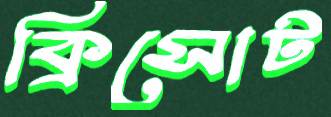
ক্রিসোট